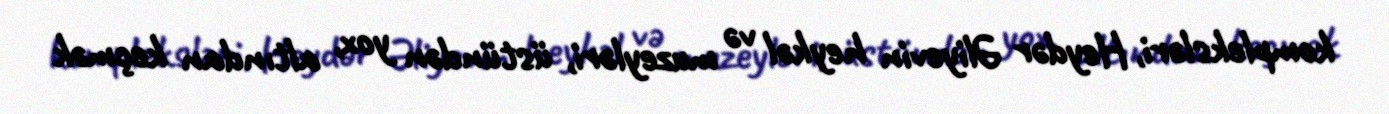
kompleksləri, Heydər Əliyevin heykəl və muzeyləri, üstündən yox, altından keçmək